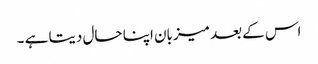
اس کے بعد میزبان اپنا حال دیتا ہے ۔